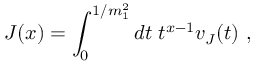
J ( x ) = \int _ { 0 } ^ { 1 / m _ { 1 } ^ { 2 } } d t \; t ^ { x - 1 } v _ { J } ( t ) \ ,